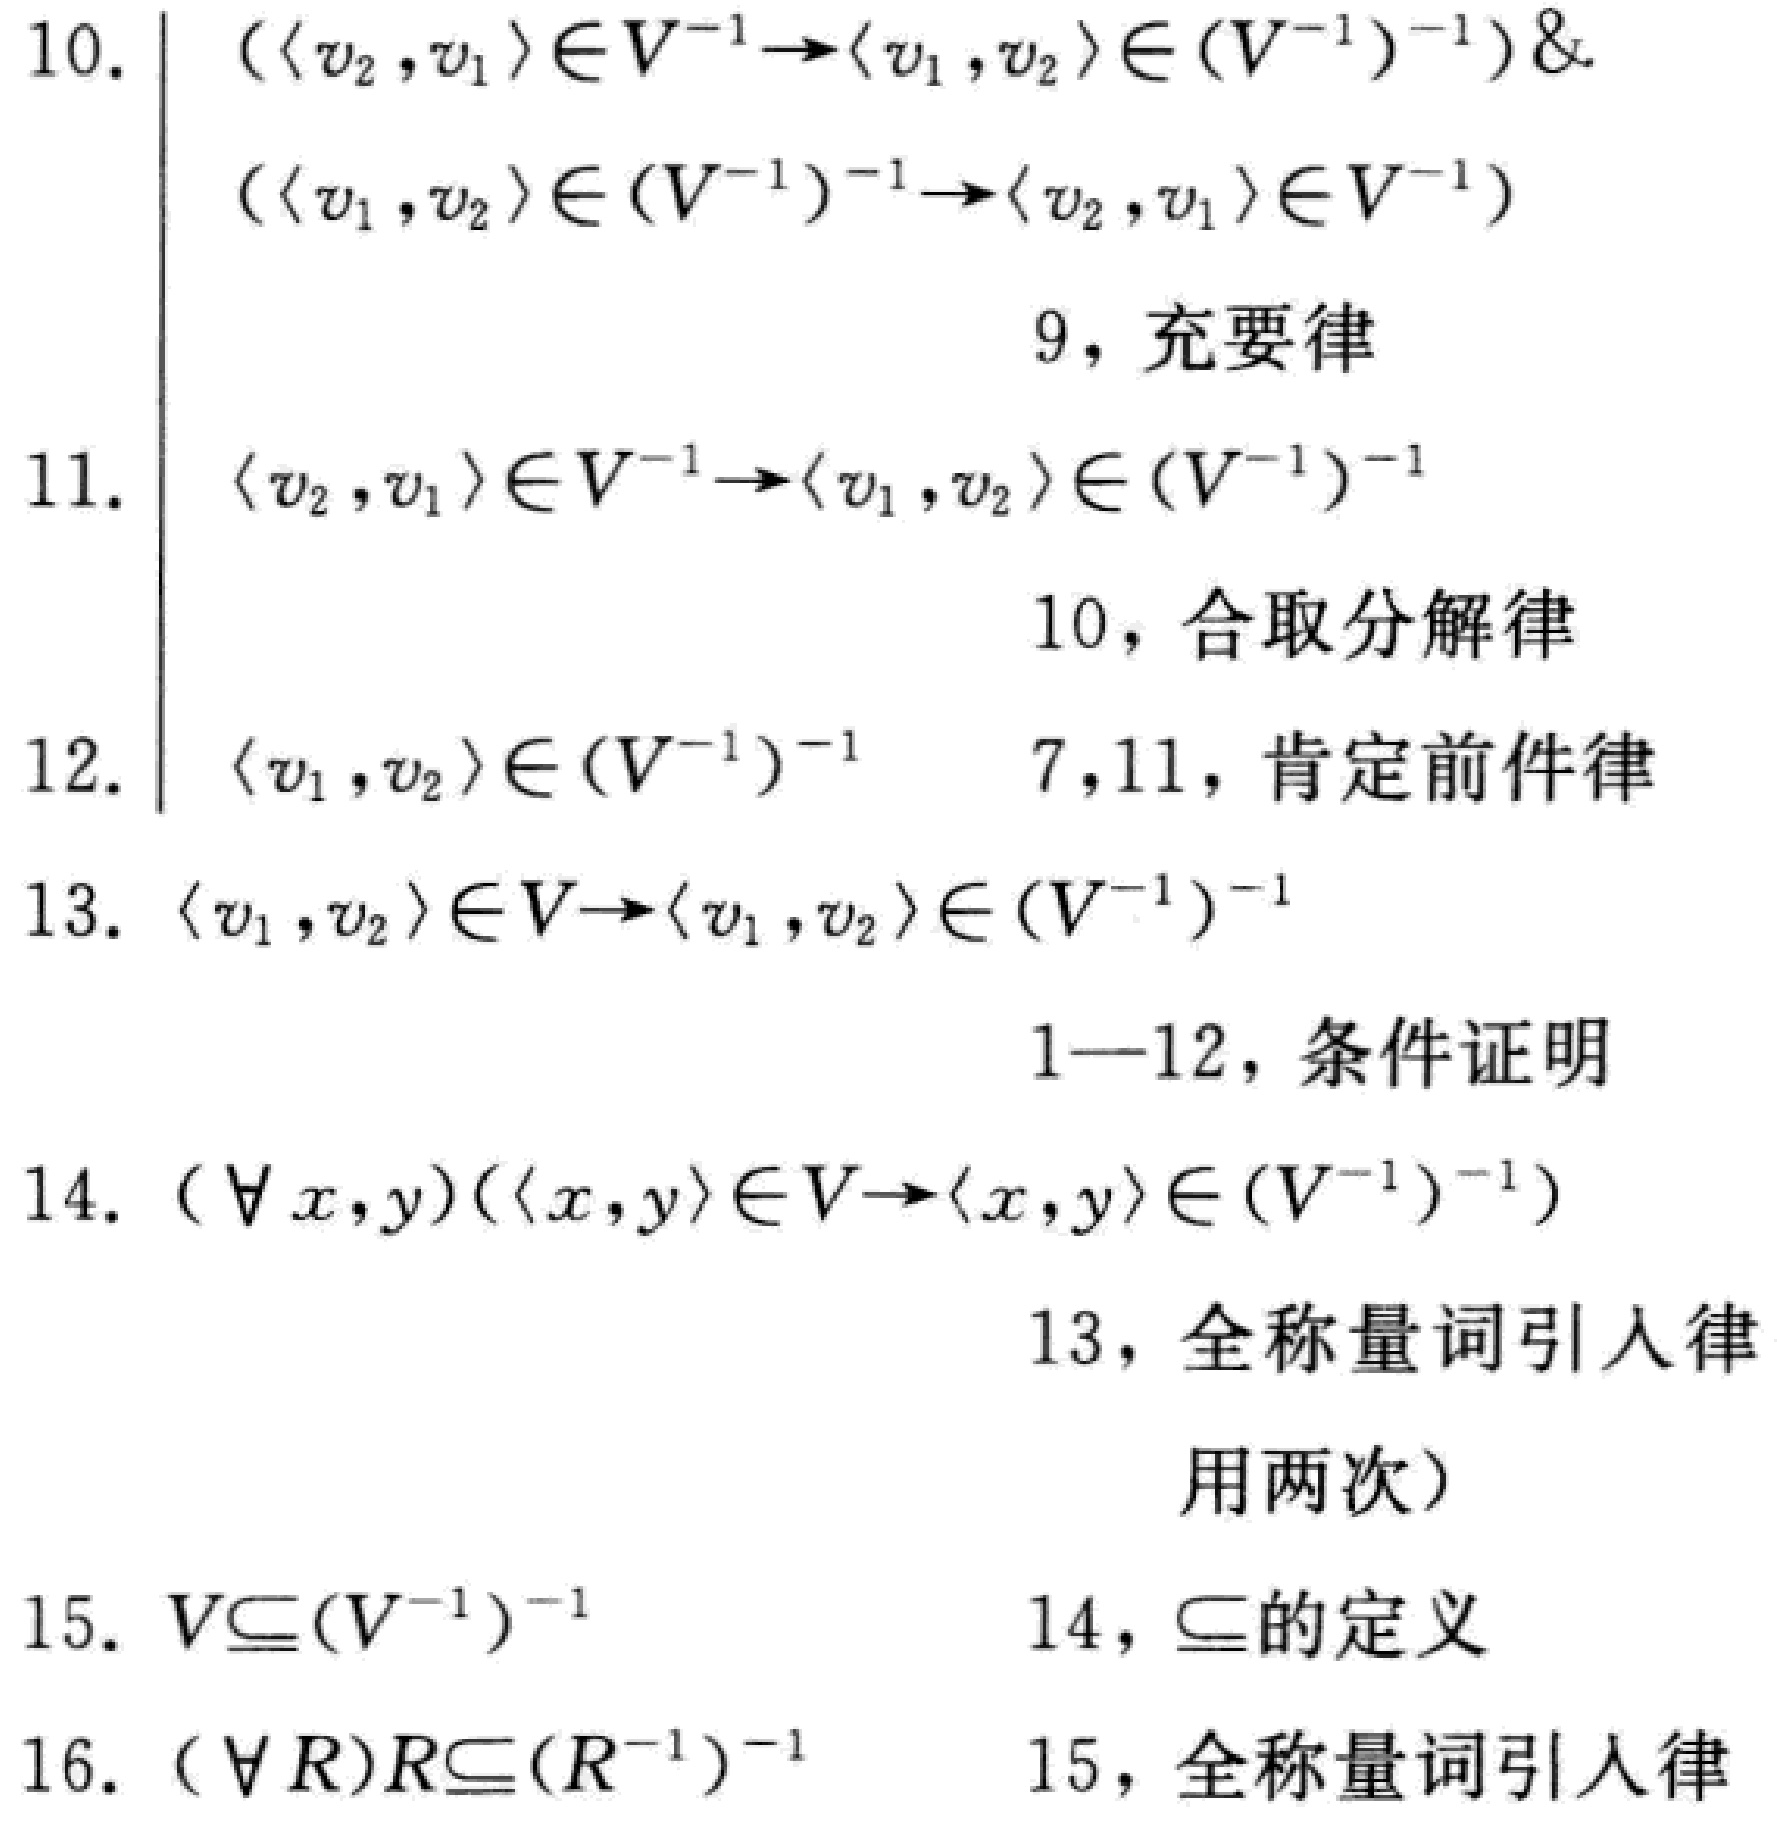
\begin{align*}

10.&\quad (\langle v_2, v_1\rangle\in V^{-1}\to\langle v_1, v_2\rangle\in (V^{-1})^{-1})\&\\

&\quad (\langle v_1, v_2\rangle\in (V^{-1})^{-1}\to\langle v_2, v_1\rangle\in V^{-1})\\

&\quad\quad\quad\quad\quad\quad\quad\quad\quad\quad 9，充要律\\

11.&\quad \langle v_2, v_1\rangle\in V^{-1}\to\langle v_1, v_2\rangle\in (V^{-1})^{-1}\\

&\quad\quad\quad\quad\quad\quad\quad\quad\quad\quad 10，合取分解律\\

12.&\quad \langle v_1, v_2\rangle\in (V^{-1})^{-1}\quad 7,11，肯定前件律\\

13.&\quad \langle v_1, v_2\rangle\in V\to\langle v_1, v_2\rangle\in (V^{-1})^{-1}\\

&\quad\quad\quad\quad\quad\quad\quad\quad\quad\quad 1—12，条件证明\\

14.&\quad (\forall x,y)(\langle x,y\rangle\in V\to\langle x,y\rangle\in (V^{-1})^{-1})\\

&\quad\quad\quad\quad\quad\quad\quad\quad\quad\quad 13，全称量词引入律\\

&\quad\quad\quad\quad\quad\quad\quad\quad\quad\quad 用两次）\\

15.&\quad V\subseteq(V^{-1})^{-1}\quad 14，\subseteq的定义\\

16.&\quad (\forall R)R\subseteq(R^{-1})^{-1}\quad 15，全称量词引入律

\end{align*}